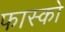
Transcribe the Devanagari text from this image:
फास्को